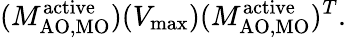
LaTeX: (M_{\mathrm{{AO,MO}}}^{\mathrm{{active}}})(V_{\mathrm{{max}}})(M_{\mathrm{{AO,MO}}}^{\mathrm{{active}}})^{T}.